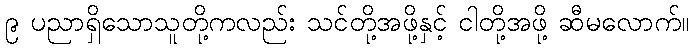
၉ ပညာရှိသောသူတို့ကလည်း သင်တို့အဖို့နှင့် ငါတို့အဖို့ ဆီမလောက်။